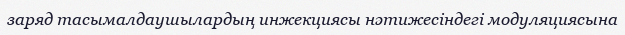
заряд тасымалдаушылардың инжекциясы нәтижесіндегі модуляциясына